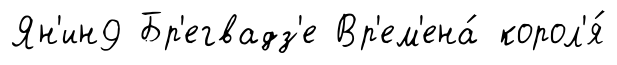
Ян'ин9 Бр'егвадз'е Вр'ем'ена́ корол'я́